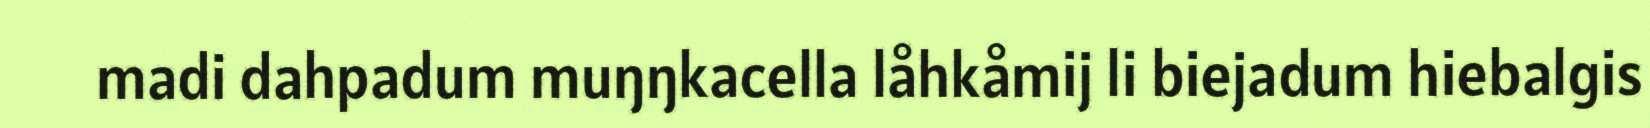
madi dahpadum muŋŋkacella låhkåmij li biejadum hiebalgis